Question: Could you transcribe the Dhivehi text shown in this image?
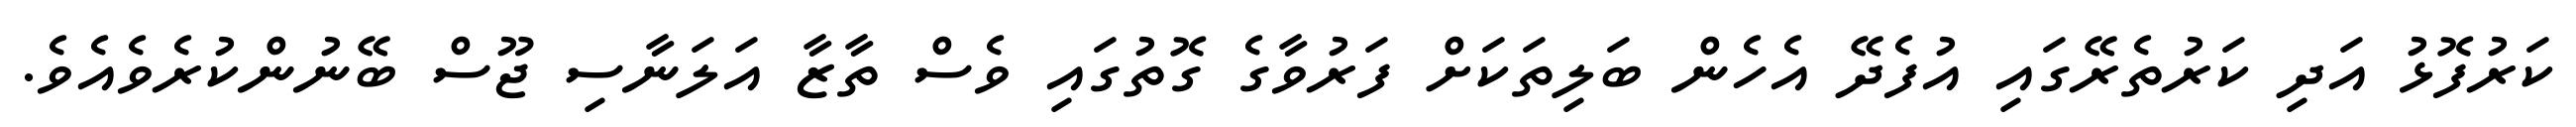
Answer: ކަރުފޮޅު އަދި ކަރުތެރޭގައި އުފެދޭ އެހެން ބަލިތަކަށް ފަރުވާގެ ގޮތުގައި ވެސް ތާޒާ އަލަނާސި ޖޫސް ބޭނުންކުރެވެއެވެ.